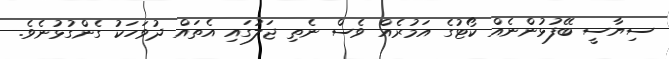
ސިޔާސީ ބޭފުޅުންނެއް ކޯޓުގެ އަމުރެއް ވެސް ނެތި ޖަލުގައި އެތައް ދުވަހަކު ގެންގުޅުނެވެ.